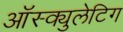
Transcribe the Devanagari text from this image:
ऑस्क्युलेटिग